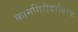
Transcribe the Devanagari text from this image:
कामगिरीबरोबरच